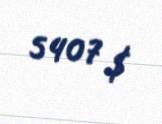
5407 $